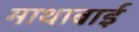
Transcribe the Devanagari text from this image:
माथाबाई